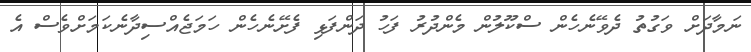
ނަމާދަށް ވަގުތު ދެވޭނެހެން ސްކޫލުން މެންދުރު ފަހު ދަންފަޅި ފެށޭނެހެން ހަމަޖެއްސިދާނެކަަމަށްވެސް އެ